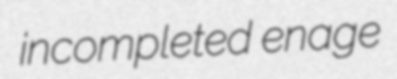
incompleted enage